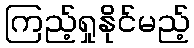
ကြည့်ရှုနိုင်မည့်